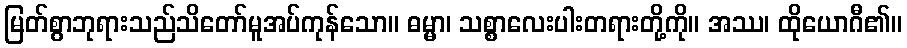
မြတ်စွာဘုရားသည်သိတော်မူအပ်ကုန်သော။ ဓမ္မာ၊ သစ္စာလေးပါးတရားတို့ကို။ အဿ၊ ထိုယောဂီ၏။